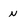
Character: N